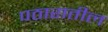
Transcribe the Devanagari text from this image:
पठारातील